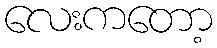
လေးကတော့